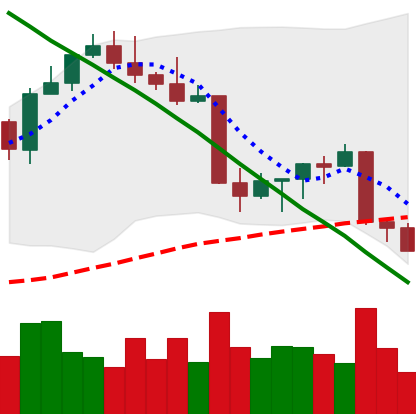
Ticker: ETH-USD
Chart end date: 2022-08-28
Forward return: 10.253%
Label: up_7plus